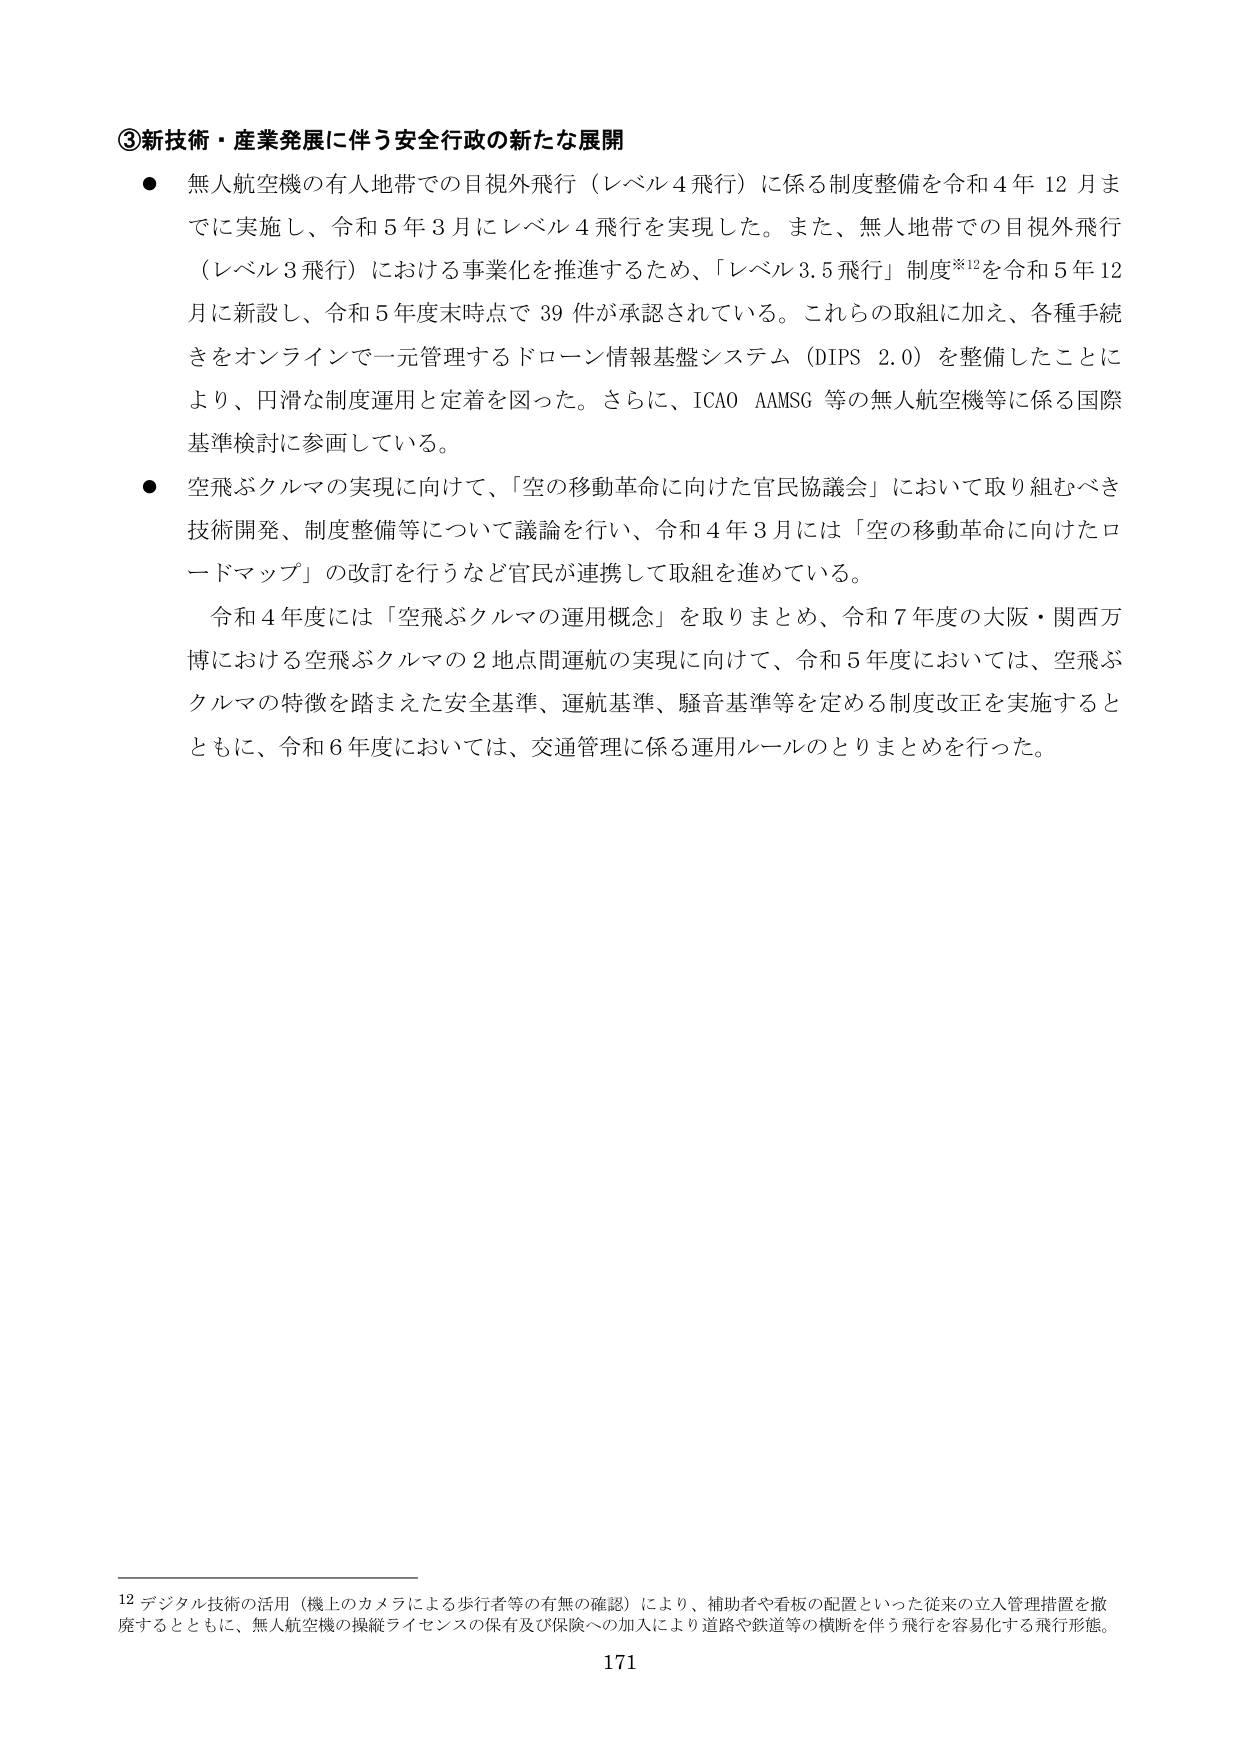
③新技術・産業発展に伴う安全行政の新たな展開
● 無人航空機の有人地帯での目視外飛行（レベル4飛行）に係る制度整備を令和4年12月までに実施し、令和5年3月にレベル4飛行を実現した。また、無人地帯での目視外飛行（レベル3飛行）における事業化を推進するため、「レベル3.5飛行」制度※12を令和5年12月に新設し、令和5年度末時点で39件が承認されている。これらの取組に加え、各種手続きをオンラインで一元管理するドローン情報基盤システム（DIPS 2.0）を整備したことにより、円滑な制度運用と定着を図った。さらに、ICAO AAMSG等の無人航空機等に係る国際基準検討に参画している。
● 空飛ぶクルマの実現に向けて、「空の移動革命に向けた官民協議会」において取り組むべき技術開発、制度整備等について議論を行い、令和4年3月には「空の移動革命に向けたロードマップ」の改訂を行うなど官民が連携して取組を進めている。
　令和4年度には「空飛ぶクルマの運用概念」を取りまとめ、令和7年度の大阪・関西万博における空飛ぶクルマの2地点間運航の実現に向けて、令和5年度においては、空飛ぶクルマの特徴を踏まえた安全基準、運航基準、騒音基準等を定める制度改正を実施するとともに、令和6年度においては、交通管理に係る運用ルールのとりまとめを行った。

12 デジタル技術の活用（機上のカメラによる歩行者等の有無の確認）により、補助者や看板の配置といった従来の立入管理措置を撤廃するとともに、無人航空機の操縦ライセンスの保有及び保険への加入により道路や鉄道等の横断を伴う飛行を容易化する飛行形態。
171